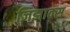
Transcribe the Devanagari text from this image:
जिझाक्स